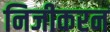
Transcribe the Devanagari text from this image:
निजीकरन